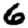
Digit: 6